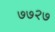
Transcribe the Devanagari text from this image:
७७२७